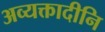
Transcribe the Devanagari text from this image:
अव्यक्तादीनि